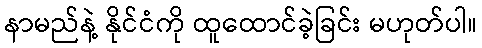
နာမည်နဲ့ နိုင်ငံကို ထူထောင်ခဲ့ခြင်း မဟုတ်ပါ။